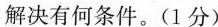
解决有何条件。(1分)